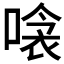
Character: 𠹸